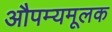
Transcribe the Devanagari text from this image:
औपम्यमूलक